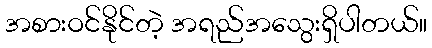
အစားဝင်နိုင်တဲ့ အရည်အသွေးရှိပါတယ်။